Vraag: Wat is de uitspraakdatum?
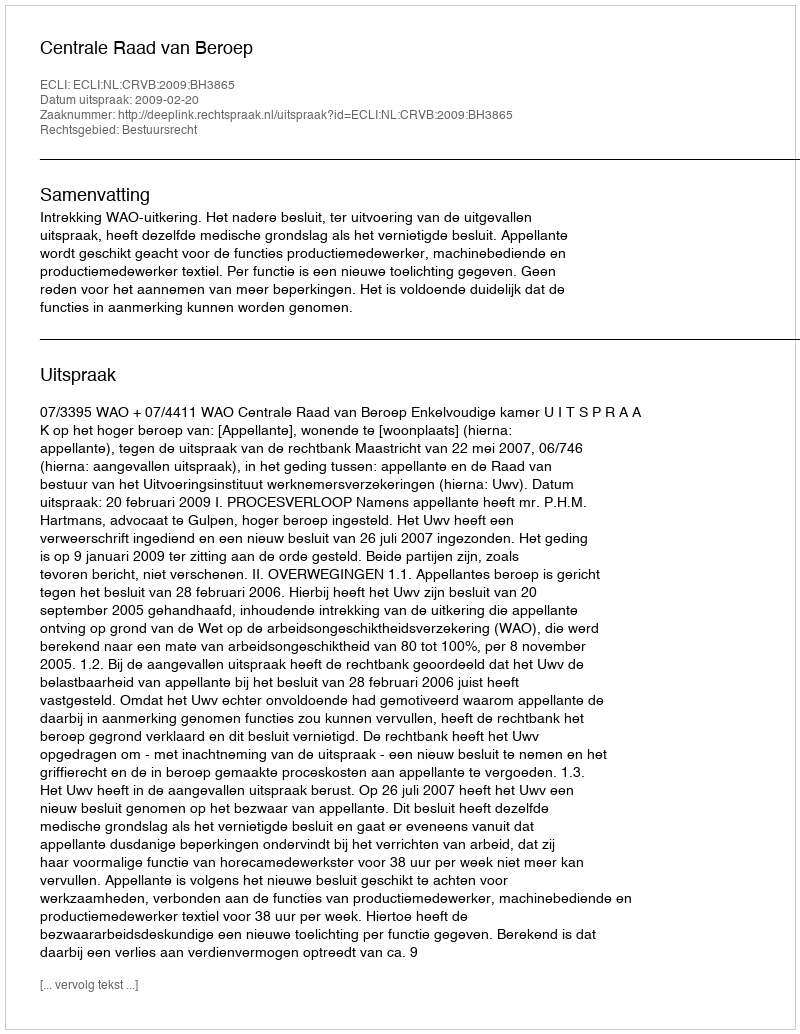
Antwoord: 2009-02-20